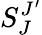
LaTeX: S_{J}^{J^{\prime}}